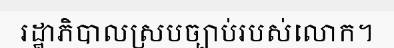
រដ្ឋាភិបាលស្របច្បាប់របស់លោក។